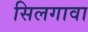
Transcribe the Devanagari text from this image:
सिलगावा